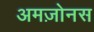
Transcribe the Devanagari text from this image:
अमज़ोनस